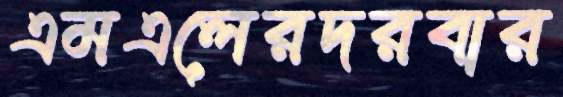
এমএলেরদরবার